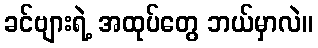
ခင်ဗျားရဲ့ အထုပ်တွေ ဘယ်မှာလဲ။